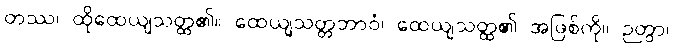
တဿ၊ ထိုထေယျသတ္ထ၏။ ထေယျသတ္တဘာဝံ၊ ထေယျသတ္ထ၏ အဖြစ်ကို။ ဉတွာ၊